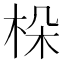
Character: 𣑫